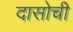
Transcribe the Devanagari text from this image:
दासोची